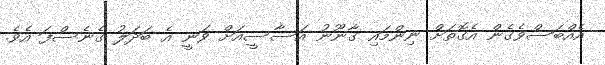
އެއްބަސްވެގެން އެގޮތަށް ނިންމައި ގާނޫނު އަސާސީއަށް ވަނީ އެ ބަދަލު ގެނެސްފަ އެެވެ.